Document type: Sale
Year: 1435
Scribe: Pere Soler
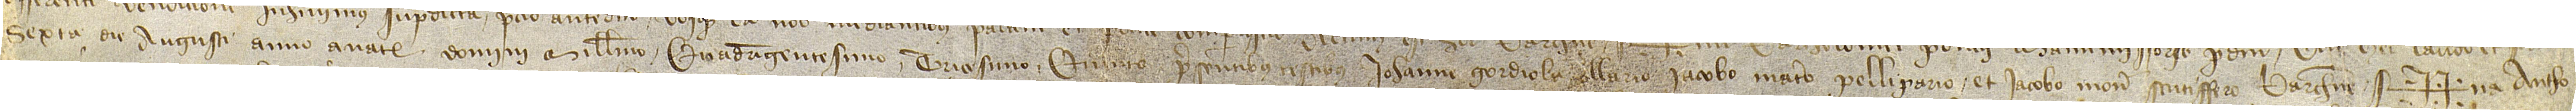
sexta die augusti, anno a Nativitate Domini millesimo quadringentesimo tricesimo quinto, presentibus testibus Iohanne Gordiola, sellario, Iacobo Matero, pellipario, et Iacobo Moner, scutiffero, Barchinone.  Sig++na Antho-